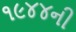
૧૯૪૪ની